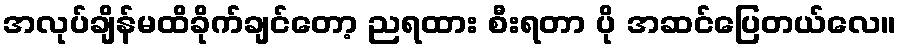
အလုပ်ချိန်မထိခိုက်ချင်တော့ ညရထား စီးရတာ ပို အဆင်ပြေတယ်လေ။